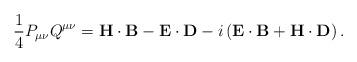
LaTeX: \begin{align*}\frac{1}{4}P_{\mu\nu}Q^{\mu\nu}=\mathbf{H}\cdot\mathbf{B}-\mathbf{E}\cdot\mathbf{D}-i\left( \mathbf{E}\cdot\mathbf{B}+\mathbf{H}\cdot\mathbf{D}\right) . \end{align*}